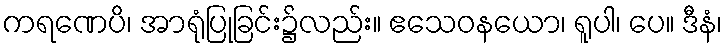
ကရဏေပိ၊ အာရုံပြုခြင်း၌လည်း။ ဧသေဝနယော၊ ရူပါ၊ ပေ။ ဒီနံ၊